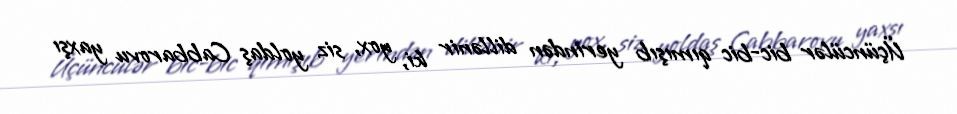
Üçüncülər bic-bic qımışıb yerindən dillənir ki, yox, siz yoldaş Cabbarovu yaxşı